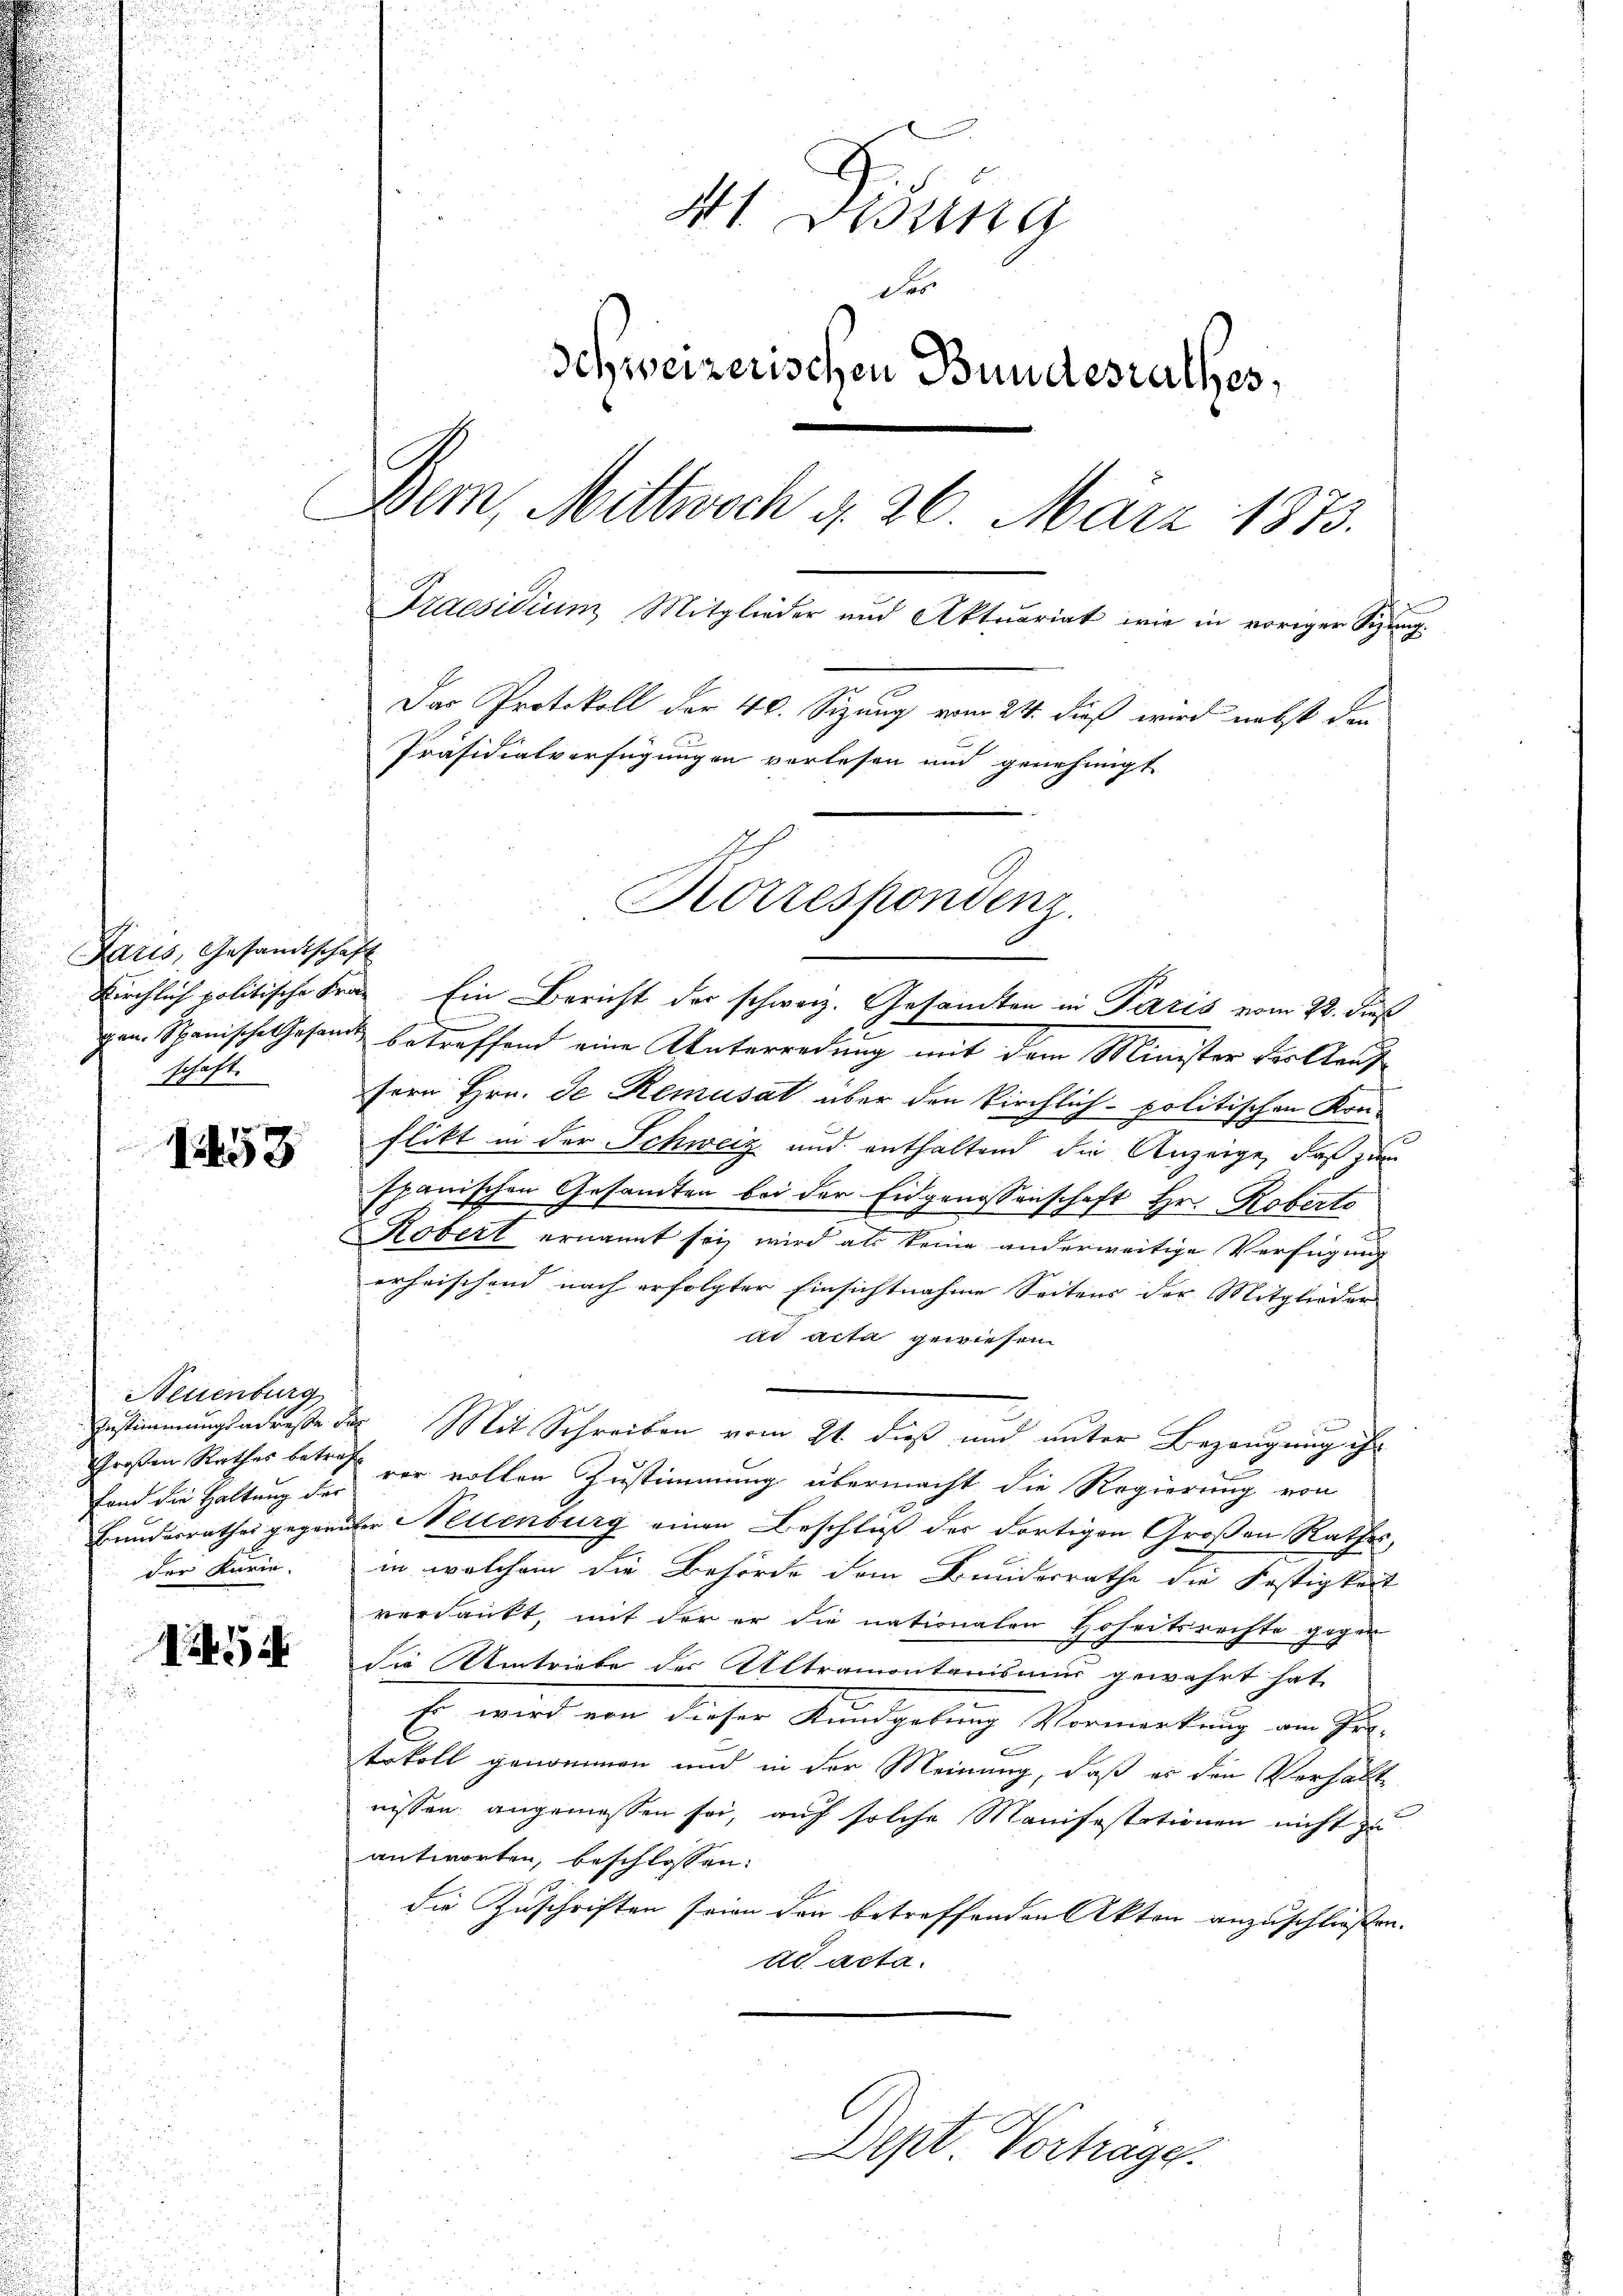
Paris, Gesandtschaft
schaft.

1458

Neuenburg
fand die Haltung der
der Karie.

454

u

41 Didung
t
Schweizerischen Bundesrathes,
Dem, Mittwoch d. 26. März 1873.
Praesidium Mitglieder und Aktuariat wie in voriger Sitzung
Das Protokoll der 40. Sizung vom 24. dieß wird nebst den
Präsidialverfügungen verlesen und genehmigt
Korrespondenz.

e
gan. Spanische Gesandt betreffend eine Unterredung mit dem Minister der Kauf
fern Hrn. Je Remusat über den kirchlich-politischen Kon-
flikt in der Schweiz und enthaltend die Anzeige, daß zum
Ipanischen Gesamten bei der Eidgenossenschaft Hr. Roberts
Kobert ernannt sei, wird als keine anderweitige Verfügung
erheischend nach erfolgter Einsichtnahme Seitens der Mitglieder
ad acta gewiesen
Zustimmungsadreße der Mit Schreiben vom 21. dieß und unter Bezeugung ihr
Großen Rathes betreff vor vollen Zustimmung übermacht die Regierung von
Bunderrathes gegenüber Nettenburg einen Beschluß der dortigen Großen Rathes,
in welchem die Behörde dem Bundesrathe die Festigkeit
verdankt, mit der er die nationalen Hoheitsrechte gegen
die Umtriebe der Altramontanismus gewahrt hat,
Es wird von dieser Kundgebung Vermerkung am Fr.
tokoll genommen und in der Meinung, daß es den Verhält
nissen angemessen sei, auf solche Manifestationen nicht zu
antworten, beschlossen:
die Zuschriften seien den betreffenden Akten anzuschließen.
dd acta.
Dept. Vorhage

Kirchlich politische Frau. Ein Bericht der schweiz. Gesandten in Paris vom 22. dieß